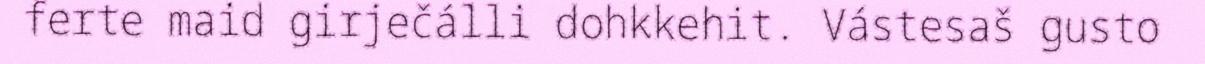
ferte maid girječálli dohkkehit. Vástesaš gusto